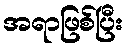
အရာဖြစ်ပြီး